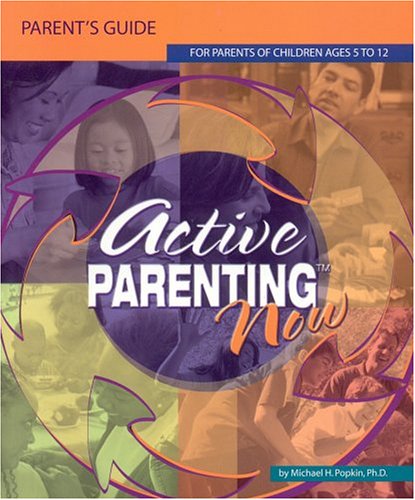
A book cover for Active Parenting Now: For Parents of Children Ages 5 to 12; Michael H. Popkin; Parenting & Relationships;